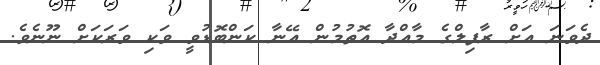
ދެވަނަ އަށް ރާފިލްގެ މާއްދާ އޮތުމުން އޭނާ ކަންބޮޑުވީ ވަކި ވަރަކަށް ނޫނެވެ.